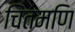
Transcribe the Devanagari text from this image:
चिंतमणि